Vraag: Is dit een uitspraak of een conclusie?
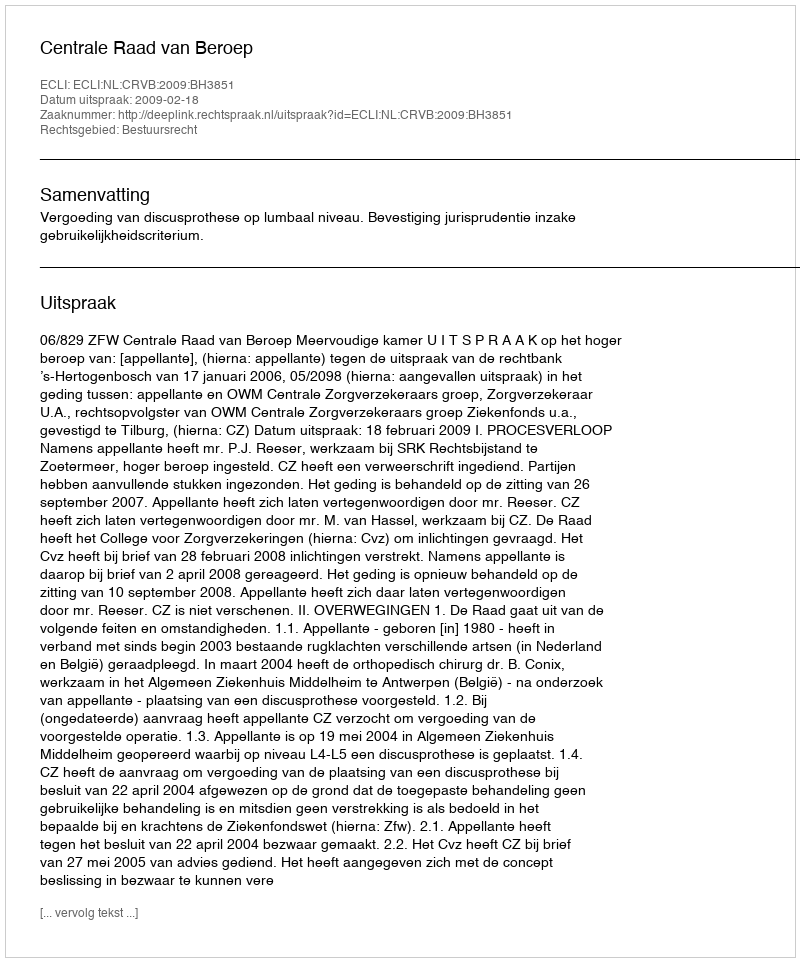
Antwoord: Uitspraak